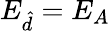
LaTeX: E_{\hat{d}}=E_{A}